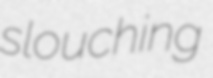
slouching